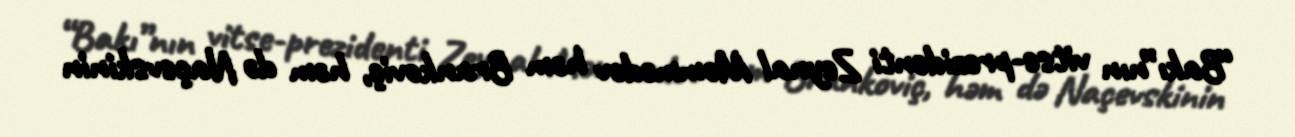
“Bakı”nın vitse-prezidenti Zeynal Məmmədov həm Brankoviç, həm də Naçevskinin